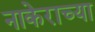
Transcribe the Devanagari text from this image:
नाकेराच्या